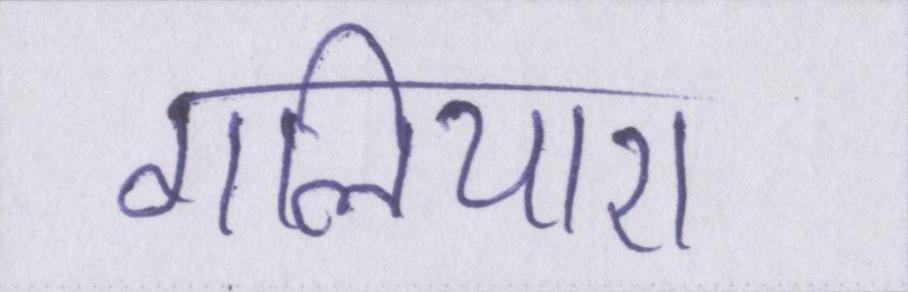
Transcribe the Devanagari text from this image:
गलियारा